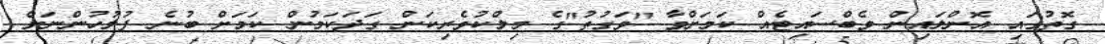
ގޮތުގައި އޮންލައިން ވެބްސައިޓެއް ކަމަށްވާ "ވަގުތު"ގެ މިލްކުވެރިކަން ގަދަކަމުން ކަމަށް ބުނެ ފުލުހުންނަށް